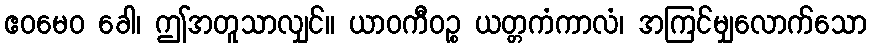
ဧဝမေဝ ခေါ၊ ဤအတူသာလျှင်။ ယာဝကီဝဉ္စ ယတ္တကံကာလံ၊ အကြင်မျှလောက်သော